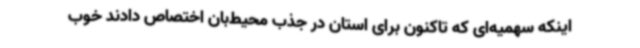
اینکه سهمیه‌ای که تاکنون برای استان در جذب محیط‌بان اختصاص دادند خوب